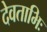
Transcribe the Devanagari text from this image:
देवताभिः